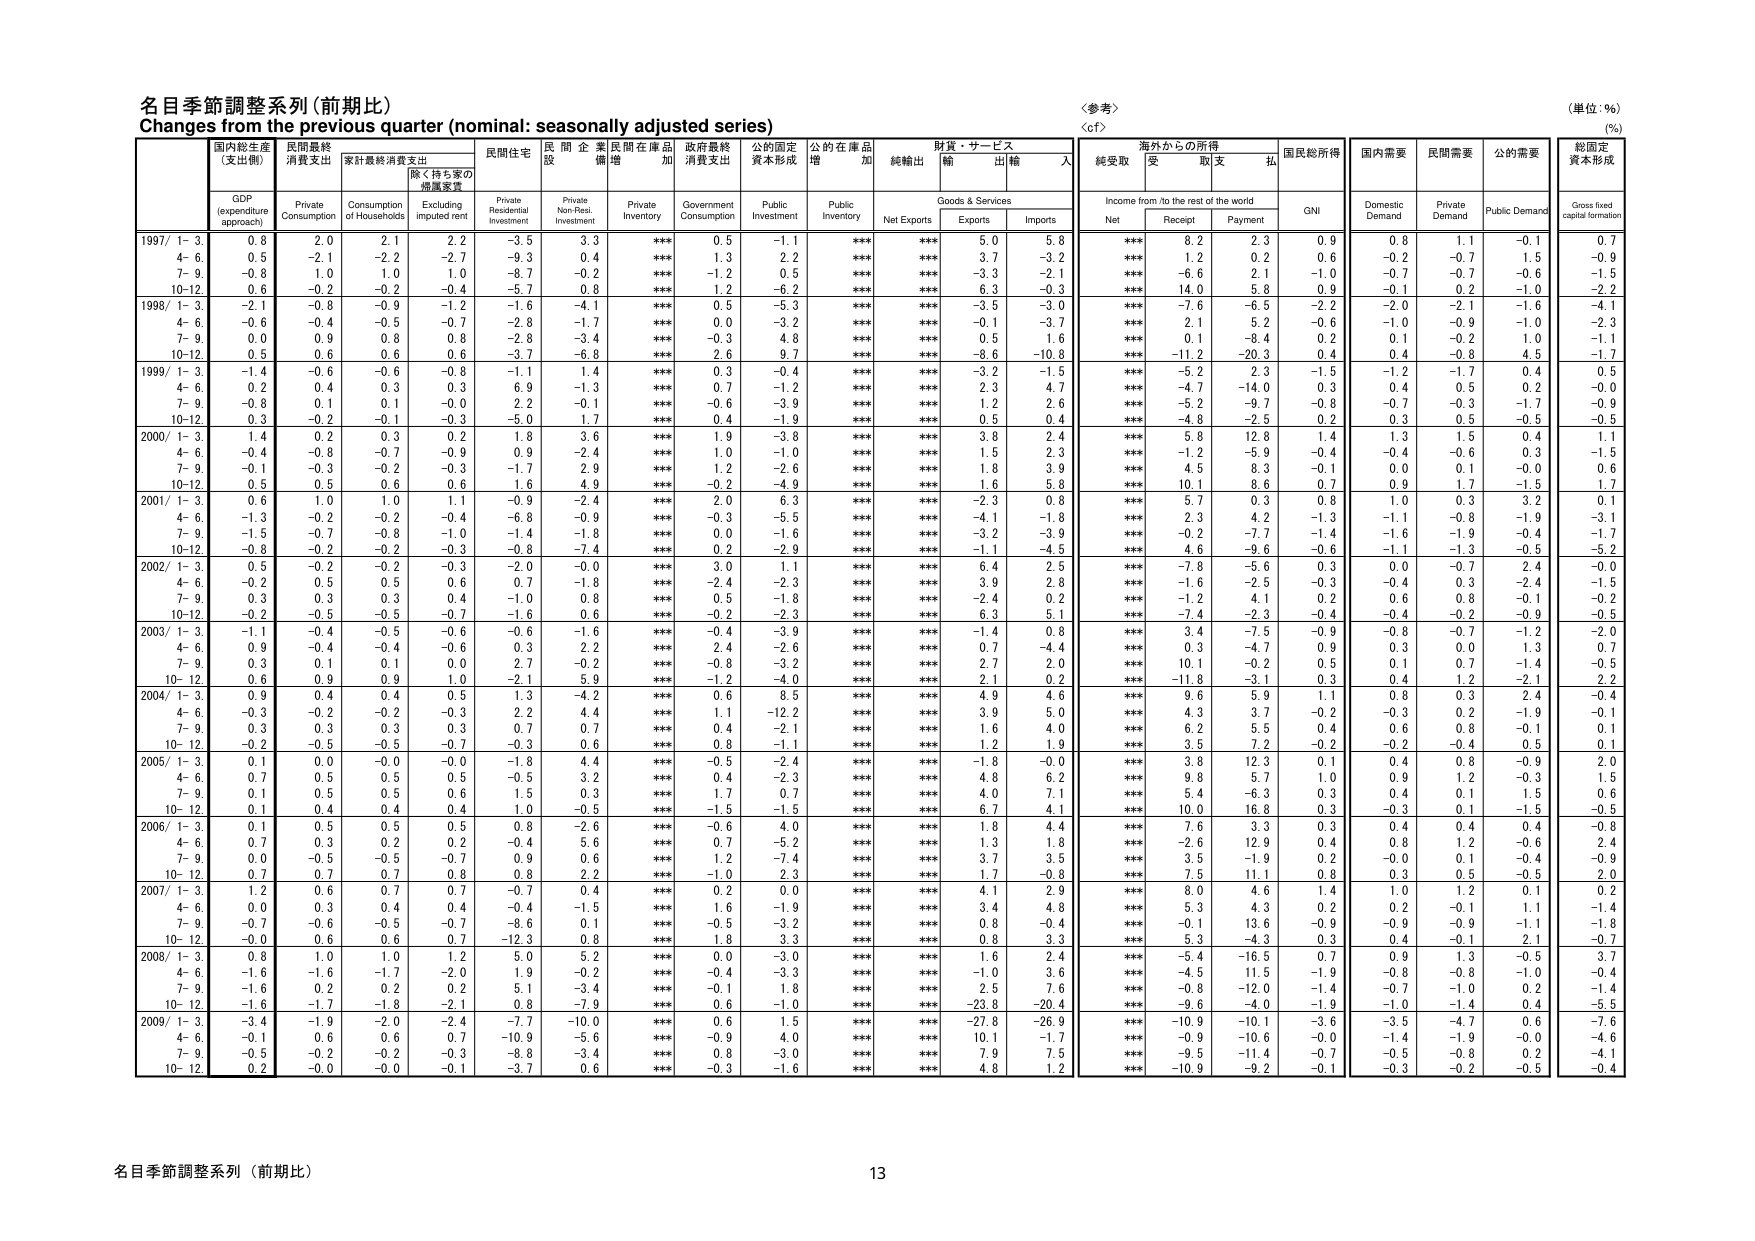
名目季節調整系列（前期比）
Changes from the previous quarter (nominal: seasonally adjusted series)
〈参考〉
〈cf〉
（単位：%）
(%)

国内総生産
（支出側）
GDP
(expenditure approach)
民間最終
消費支出
Private
Consumption
家計最終消費支出
Consumption
of Households
除く持ち家の
帰属家賃
Excluding
imputed rent
民間住宅
Private
Residential
Investment
民間企業
設備投資
Private
Non-Res.
Investment
民間在庫品
増加
Private
Inventory
政府最終
消費支出
Government
Consumption
公的固定
資本形成
Public
Investment
公的在庫品
増加
Public
Inventory
純輸出
Net Exports
財貨・サービス
輸出
Exports
輸入
Imports
海外からの所得
Income from/to the rest of the world
純受取
Net
受取
Receipt
支払
Payment
国民総所得
GNI
国内需要
Domestic
Demand
民間需要
Private
Demand
公的需要
Public Demand
総固定
資本形成
Gross fixed
capital formation

1997/ 1-3.
0.8
2.0
2.1
2.2
-3.5
3.3
***
0.5
-1.1
***
***
5.0
5.8
***
8.2
2.3
0.9
0.8
1.1
-0.1
0.7
4-6.
0.5
-2.1
-2.2
-2.7
-9.3
0.4
***
1.3
2.2
***
***
3.7
-3.2
***
1.2
0.2
0.6
-0.2
-0.7
1.5
-0.9
7-9.
-0.8
1.0
1.0
1.0
-8.7
-0.2
***
-1.2
0.5
***
***
-3.3
-2.1
***
-6.6
2.1
-1.0
-0.7
-0.7
-0.6
-1.5
10-12.
0.6
-0.2
-0.2
-0.4
-5.7
0.8
***
1.2
-6.2
***
***
6.3
-0.3
***
14.0
5.8
0.9
-0.1
0.2
-1.0
-2.2

1998/ 1-3.
-2.1
-0.8
-0.9
-1.2
-1.6
-4.1
***
0.5
-5.3
***
***
-3.5
-3.0
***
-7.6
-6.5
-2.2
-2.0
-2.1
-1.6
-4.1
4-6.
-0.6
-0.4
-0.5
-0.7
-2.8
-1.7
***
0.0
-3.2
***
***
-0.1
-3.7
***
2.1
5.2
-0.6
-1.0
-0.9
-1.0
-2.3
7-9.
0.0
0.9
0.8
0.8
-2.8
-3.4
***
-0.3
4.8
***
***
0.5
1.6
***
0.1
-8.4
0.2
0.1
-0.2
1.0
-1.1
10-12.
0.5
0.6
0.6
0.6
-3.7
-6.8
***
2.6
9.7
***
***
-8.6
-10.8
***
-11.2
-20.3
0.4
0.4
-0.8
4.5
-1.7

1999/ 1-3.
-1.4
-0.6
-0.6
-0.8
-1.1
1.4
***
0.3
-0.4
***
***
-3.2
-1.5
***
-5.2
2.3
-1.5
-1.2
-1.7
0.4
0.5
4-6.
0.2
0.4
0.3
0.3
6.9
-1.3
***
0.7
-1.2
***
***
2.3
4.7
***
-4.7
-14.0
0.3
0.4
0.5
0.2
-0.0
7-9.
-0.8
0.1
0.1
-0.0
2.2
-0.1
***
-0.6
-3.9
***
***
1.2
2.6
***
-5.2
-9.7
-0.8
-0.7
-0.3
-1.7
-0.9
10-12.
0.3
-0.2
-0.1
-0.3
-5.0
1.7
***
0.4
-1.9
***
***
0.5
0.4
***
-4.8
-2.5
0.2
0.3
0.5
-0.5
-0.5

2000/ 1-3.
1.4
0.2
0.3
0.2
1.8
3.6
***
1.9
-3.8
***
***
3.8
2.4
***
5.8
12.8
1.4
1.3
1.5
0.4
1.1
4-6.
-0.4
-0.8
-0.7
-0.9
0.9
-2.4
***
1.0
-1.0
***
***
1.5
2.3
***
-1.2
-5.9
-0.4
-0.4
-0.6
0.3
-1.5
7-9.
-0.1
-0.3
-0.2
-0.3
-1.7
2.9
***
1.2
-2.6
***
***
1.8
3.9
***
4.5
8.3
-0.1
0.0
0.1
-0.0
0.6
10-12.
0.5
0.5
0.6
0.6
1.6
4.9
***
-0.2
-4.9
***
***
1.6
5.8
***
10.1
8.6
0.7
0.9
1.7
-1.5
1.7

2001/ 1-3.
0.6
1.0
1.0
1.1
-0.9
-2.4
***
2.0
6.3
***
***
-2.3
0.8
***
5.7
0.3
0.8
1.0
0.3
3.2
0.1
4-6.
-1.3
-0.2
-0.2
-0.4
-6.8
-0.9
***
-0.3
-5.5
***
***
-4.1
-1.8
***
2.3
4.2
-1.3
-1.1
-0.8
-1.9
-3.1
7-9.
-1.5
-0.7
-0.8
-1.0
-1.4
-1.8
***
0.0
-1.6
***
***
-3.2
-3.9
***
-0.2
-7.7
-1.4
-1.6
-1.9
-0.4
-1.7
10-12.
-0.8
-0.2
-0.2
-0.3
-0.8
-7.4
***
0.2
-2.9
***
***
-1.1
-4.5
***
4.6
-9.6
-0.6
-1.1
-1.3
-0.5
-5.2

2002/ 1-3.
0.5
-0.2
-0.2
-0.3
-2.0
-0.0
***
3.0
1.1
***
***
6.4
2.5
***
-7.8
-5.6
0.3
0.0
-0.7
2.4
-0.0
4-6.
-0.2
0.5
0.5
0.6
0.7
-1.8
***
-2.4
-2.3
***
***
3.9
2.8
***
-1.6
-2.5
-0.3
-0.4
0.3
-2.4
-1.5
7-9.
0.3
0.3
0.3
0.4
-1.0
0.8
***
0.5
-1.8
***
***
-2.4
0.2
***
-1.2
4.1
0.2
0.6
0.8
-0.1
-0.2
10-12.
-0.2
-0.5
-0.5
-0.7
-1.6
0.6
***
-0.2
-2.3
***
***
6.3
5.1
***
-7.4
-2.3
-0.4
-0.4
-0.2
-0.9
-0.5

2003/ 1-3.
-1.1
-0.4
-0.5
-0.6
-0.6
-1.6
***
-0.4
-3.9
***
***
-1.4
0.8
***
3.4
-7.5
-0.9
-0.8
-0.7
-1.2
-2.0
4-6.
0.9
-0.4
-0.4
-0.6
0.3
2.2
***
2.4
-2.6
***
***
0.7
-4.4
***
0.3
-4.7
0.9
0.3
0.0
1.3
0.7
7-9.
0.3
0.1
0.1
0.0
2.7
-0.2
***
-0.8
-3.2
***
***
2.7
2.0
***
10.1
-0.2
0.5
0.1
0.7
-1.4
-0.5
10-12.
0.6
0.9
0.9
1.0
-2.1
5.9
***
-1.2
-4.0
***
***
2.1
0.2
***
-11.8
-3.1
0.3
0.4
1.2
-2.1
2.2

2004/ 1-3.
0.9
0.4
0.4
0.5
1.3
-4.2
***
0.6
8.5
***
***
4.9
4.6
***
9.6
5.9
1.1
0.8
0.3
2.4
-0.4
4-6.
-0.3
-0.2
-0.2
-0.3
2.2
4.4
***
1.1
-12.2
***
***
3.9
5.0
***
4.3
3.7
-0.2
-0.3
0.2
-1.9
-0.1
7-9.
0.3
0.3
0.3
0.3
0.7
0.7
***
0.4
-2.1
***
***
1.6
4.0
***
6.2
5.5
0.4
0.6
0.8
-0.1
0.1
10-12.
-0.2
-0.5
-0.5
-0.7
-0.3
0.6
***
0.8
-1.1
***
***
1.2
1.9
***
3.5
7.2
-0.2
-0.2
-0.4
0.5
0.1

2005/ 1-3.
0.1
0.0
-0.0
-0.0
-1.8
4.4
***
-0.5
-2.4
***
***
-1.8
-0.0
***
3.8
12.3
0.1
0.4
0.8
-0.9
2.0
4-6.
0.7
0.5
0.5
0.5
-0.5
3.2
***
0.4
-2.3
***
***
4.8
6.2
***
9.8
5.7
1.0
0.9
1.2
-0.3
1.5
7-9.
0.1
0.5
0.5
0.6
1.5
0.3
***
1.7
0.7
***
***
4.0
7.1
***
5.4
-6.3
0.3
0.4
0.1
1.5
0.6
10-12.
0.1
0.4
0.4
0.4
1.0
-0.5
***
-1.5
-1.5
***
***
6.7
4.1
***
10.0
16.8
0.3
-0.3
0.1
-1.5
-0.5

2006/ 1-3.
0.1
0.5
0.5
0.5
0.8
-2.6
***
-0.6
4.0
***
***
1.8
4.4
***
7.6
3.3
0.3
0.4
0.4
0.4
-0.8
4-6.
0.7
0.3
0.2
0.2
-0.4
5.6
***
0.7
-5.2
***
***
1.3
1.8
***
-2.6
12.9
0.4
0.8
1.2
-0.6
2.4
7-9.
0.0
-0.5
-0.5
-0.7
0.9
0.6
***
1.2
-7.4
***
***
3.7
3.5
***
3.5
-1.9
0.2
-0.0
0.1
-0.4
-0.9
10-12.
0.7
0.7
0.7
0.8
0.8
2.2
***
-1.0
2.3
***
***
1.7
-0.8
***
7.5
11.1
0.8
0.3
0.5
-0.5
2.0

2007/ 1-3.
1.2
0.6
0.7
0.7
-0.7
0.4
***
0.2
0.0
***
***
4.1
2.9
***
8.0
4.6
1.4
1.0
1.2
0.1
0.2
4-6.
0.0
0.3
0.4
0.4
-0.4
-1.5
***
1.6
-1.9
***
***
3.4
4.8
***
5.3
4.3
0.2
0.2
-0.1
1.1
-1.4
7-9.
-0.7
-0.6
-0.5
-0.7
-8.6
0.1
***
-0.5
-3.2
***
***
0.8
-0.4
***
-0.1
13.6
-0.9
-0.9
-0.9
-1.1
-1.8
10-12.
-0.0
0.6
0.6
0.7
-12.3
0.8
***
1.8
3.3
***
***
0.8
3.3
***
5.3
4.3
0.3
0.4
-0.1
2.1
-0.7

2008/ 1-3.
0.8
1.0
1.0
1.2
5.0
5.2
***
0.0
-3.0
***
***
1.6
2.4
***
-5.4
-16.5
0.7
0.9
1.3
-0.5
3.7
4-6.
-1.6
-1.6
-1.7
-2.0
1.9
-0.2
***
-0.4
-3.3
***
***
-1.0
3.6
***
-4.5
11.5
-1.9
-0.8
-0.8
-1.0
-0.4
7-9.
-1.6
0.2
0.2
0.2
5.1
-3.4
***
-0.1
1.8
***
***
2.5
7.6
***
-0.8
-12.0
-1.4
-0.7
-1.0
0.2
-1.4
10-12.
-1.6
-1.7
-1.8
-2.1
0.8
-7.9
***
0.6
-1.0
***
***
-23.8
-20.4
***
-9.6
-4.0
-1.9
-1.0
-1.4
0.4
-5.5

2009/ 1-3.
-3.4
-1.9
-2.0
-2.4
-7.7
-10.0
***
0.6
1.5
***
***
-27.8
-26.9
***
-10.9
-10.1
-3.6
-3.5
-4.7
0.6
-7.6
4-6.
-0.1
0.6
0.6
0.7
-10.9
-5.6
***
-0.9
4.0
***
***
10.1
-1.7
***
-0.9
-10.6
-0.0
-1.4
-1.9
-0.0
-4.6
7-9.
-0.5
-0.2
-0.2
-0.3
-8.8
-3.4
***
0.8
-3.0
***
***
7.9
7.5
***
-9.5
-11.4
-0.7
-0.5
-0.8
0.2
-4.1
10-12.
0.2
-0.0
-0.0
-0.1
-3.7
0.6
***
-0.3
-1.6
***
***
4.8
1.2
***
-10.9
-9.2
-0.1
-0.3
-0.2
-0.5
-0.4

名目季節調整系列（前期比）
13